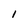
Character: 1